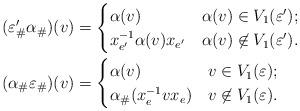
LaTeX: \begin{align*}(\varepsilon'_\#\alpha_\#)(v)&=\begin{cases}\alpha(v) & \alpha(v)\in V_1(\varepsilon');\\x_{e'}^{-1}\alpha(v)x_{e'} & \alpha(v)\not\in V_1(\varepsilon').\end{cases}\\(\alpha_\#\varepsilon_\#)(v)&=\begin{cases}\alpha(v) & v\in V_1(\varepsilon);\\\alpha_\#(x_{e}^{-1}vx_{e}) & v\not\in V_1(\varepsilon).\end{cases}\end{align*}